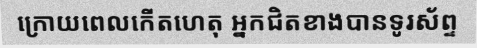
ក្រោយពេលកើតហេតុ អ្នកជិតខាងបានទូរស័ព្ទ